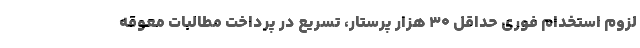
لزوم استخدام فوری حداقل ۳۰ هزار پرستار، تسریع در پرداخت مطالبات معوقه